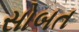
સોબત